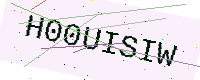
Text: H00UISIW